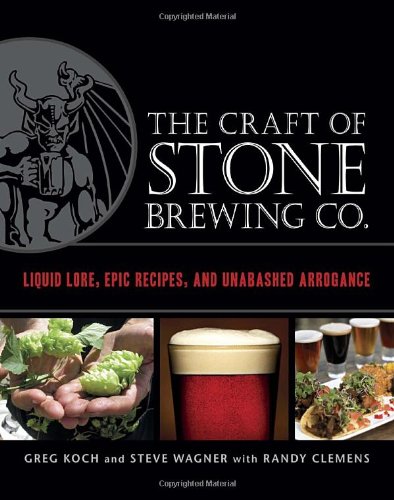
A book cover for The Craft of Stone Brewing Co.: Liquid Lore, Epic Recipes, and Unabashed Arrogance; Greg Koch; Cookbooks, Food & Wine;